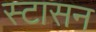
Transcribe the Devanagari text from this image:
स्टासन